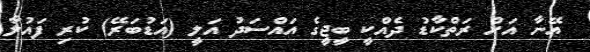
އޭނާ އަށް ރަތްކާޑު ދެއްކީ ބީޖީގެ އައްސަދު އަލީ (އަޑުބަރޭ) ކުރި ފައުލާ